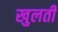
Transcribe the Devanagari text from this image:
खुलतीं